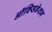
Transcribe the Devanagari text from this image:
ऑक्सिडेशन